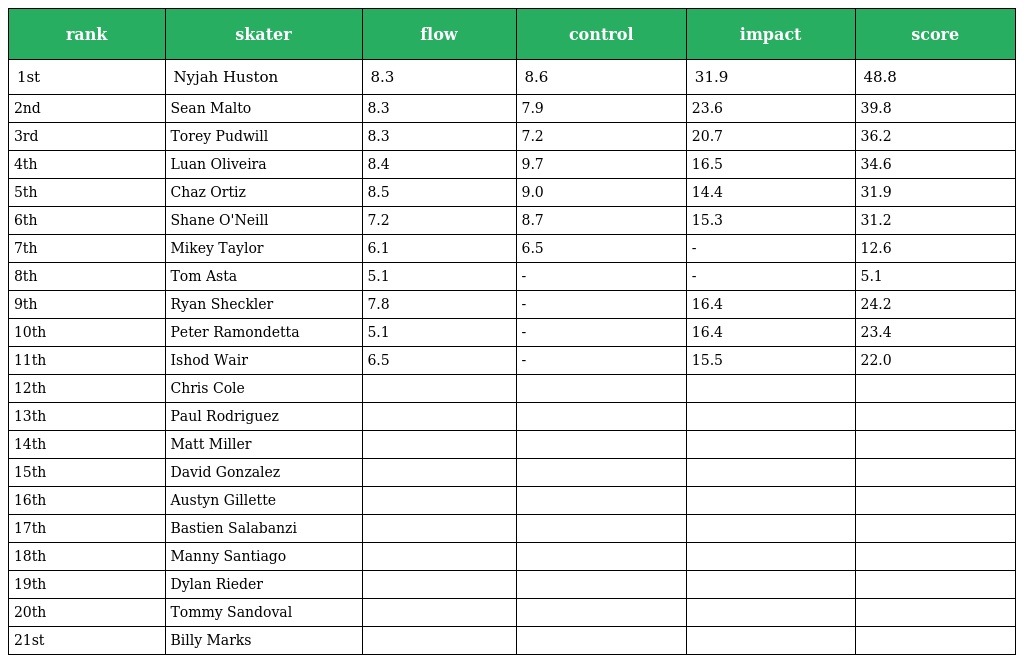
| rank | skater | flow | control | impact | score |
 | --- | --- | --- | --- | --- | --- |
 | 1st | Nyjah Huston | 8.3 | 8.6 | 31.9 | 48.8 |
 | 2nd | Sean Malto | 8.3 | 7.9 | 23.6 | 39.8 |
 | 3rd | Torey Pudwill | 8.3 | 7.2 | 20.7 | 36.2 |
 | 4th | Luan Oliveira | 8.4 | 9.7 | 16.5 | 34.6 |
 | 5th | Chaz Ortiz | 8.5 | 9.0 | 14.4 | 31.9 |
 | 6th | Shane O'Neill | 7.2 | 8.7 | 15.3 | 31.2 |
 | 7th | Mikey Taylor | 6.1 | 6.5 | - | 12.6 |
 | 8th | Tom Asta | 5.1 | - | - | 5.1 |
 | 9th | Ryan Sheckler | 7.8 | - | 16.4 | 24.2 |
 | 10th | Peter Ramondetta | 5.1 | - | 16.4 | 23.4 |
 | 11th | Ishod Wair | 6.5 | - | 15.5 | 22.0 |
 | 12th | Chris Cole |  |  |  |  |
 | 13th | Paul Rodriguez |  |  |  |  |
 | 14th | Matt Miller |  |  |  |  |
 | 15th | David Gonzalez |  |  |  |  |
 | 16th | Austyn Gillette |  |  |  |  |
 | 17th | Bastien Salabanzi |  |  |  |  |
 | 18th | Manny Santiago |  |  |  |  |
 | 19th | Dylan Rieder |  |  |  |  |
 | 20th | Tommy Sandoval |  |  |  |  |
 | 21st | Billy Marks |  |  |  |  |